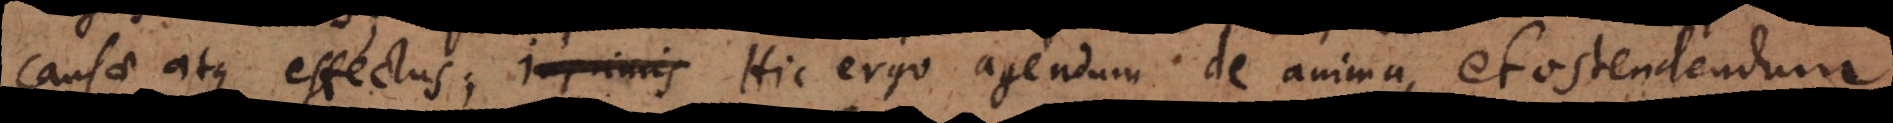
cujusque corporis. Hic ergo agendum de anima, et ostendendum